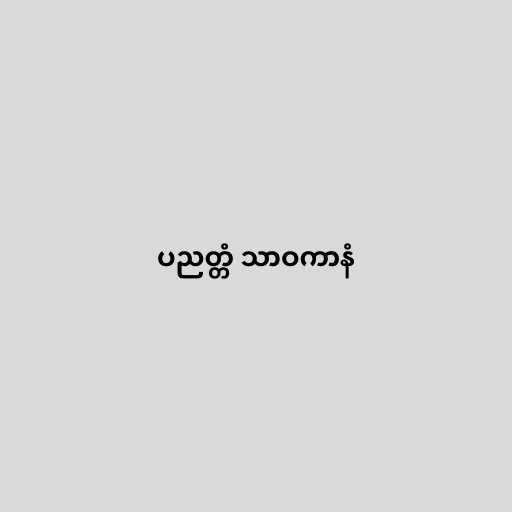
ပညတ္တံ သာဝကာနံ